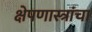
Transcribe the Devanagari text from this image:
क्षेपणास्त्रांचा